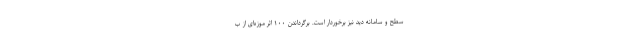
سطح و سامانه دید نیز برخوردار است. برگرداندن ۱۰۰ اثر موزه‌ای از ب